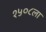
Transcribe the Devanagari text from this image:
१५०८ला